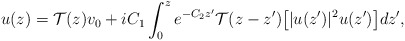
\begin{align*}u(z) = \mathcal{T}(z)v_0 +iC_1\int_0^z e^{-C_2 z^\prime}\mathcal{T}(z-z^\prime)\big[|u(z^\prime)|^2u(z^\prime)\big] dz^\prime,\end{align*}